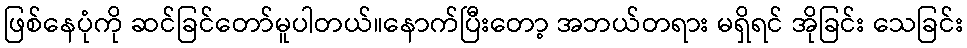
ဖြစ်နေပုံကို ဆင်ခြင်တော်မူပါတယ်။နောက်ပြီးတော့ အဘယ်တရား မရှိရင် အိုခြင်း သေခြင်း